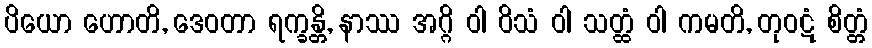
ပိယော ဟောတိ, ဒေဝတာ ရက္ခန္တိ, နာဿ အဂ္ဂိ ဝါ ဝိသံ ဝါ သတ္ထံ ဝါ ကမတိ, တုဝဋံ စိတ္တံ